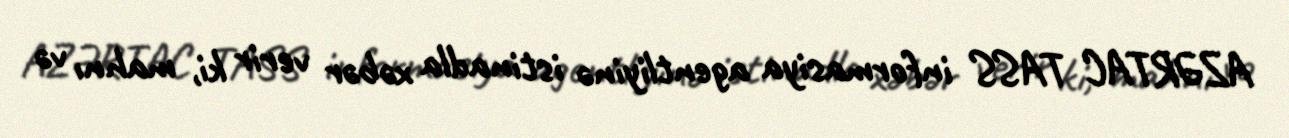
AZƏRTAC TASS informasiya agentliyinə istinadla xəbər verir ki, mahnı və